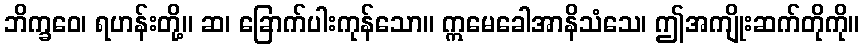
ဘိက္ခဝေ၊ ရဟန်းတို့။ ဆ၊ ခြောက်ပါးကုန်သော။ ဣမေခေါအာနိသံသေ၊ ဤအကျိုးဆက်တိုကို။